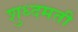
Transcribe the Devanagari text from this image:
शुध्दमती